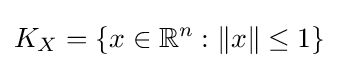
K_{X}=\{x\in \mathbb {R} ^{n}:\|x\|\leq 1\}